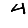
Digit: 4